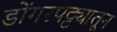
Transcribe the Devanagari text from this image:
डोंगरपट्ट्यातून